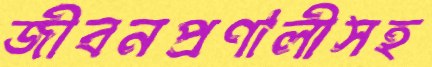
জীবনপ্রণালীসহ